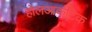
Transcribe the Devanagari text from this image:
होलआर्कटिक